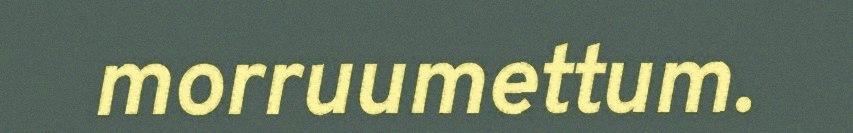
morruumettum.